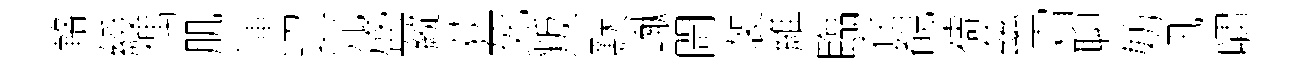
輅綬偶肌渾迢宂盛縱荻死叛默𪩘閜袈維臨存覩禱兹霜聊妨汛嘯